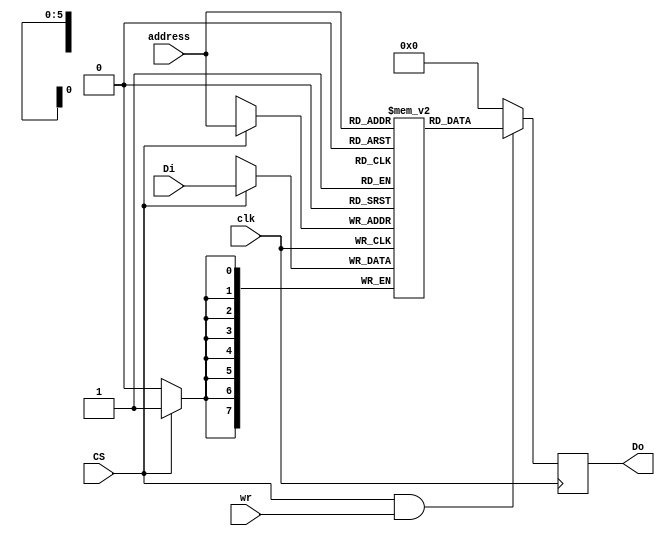
module smallRAM (wr, Di, CS, address, clk, Do);

    input CS, wr, clk;
    input [5:0] address; 
    input [7:0] Di;
    output reg[7:0] Do;


    reg [7:0] memArray [0:63];
    reg [7:0] memOut;
    
    
    always @(posedge clk) 
        begin
            if(CS)
            memArray[address] = Di;
        end
    
    always @(posedge clk)
        begin
            memOut = memArray[address];
            
            Do = (CS && wr) ? memOut:8'b0;
        end

endmodule

/*module smallRAM(wr, Di, CS, address, clk, Do);

    input CS, wr, clk;
    input [5:0] address; 
    input [7:0] Di;
    output reg[7:0] Do;


    reg [7:0] memArray [0:63];
    reg [7:0] memOut;
    
    
    always @(posedge clk) 
        begin
            if(CS && wr)
            memArray[address] = Di;
        end
    
    always @(posedge clk)
        begin
            memOut = memArray[address];
            
            Do = (CS && !wr) ? memOut:8'b0;
        end

endmodule*/


/*module smallRAM(rw, dataIn, CS, address, clk, dataOut);

	input rw;
	input [7:0] dataIn;
	input [5:0] address;
	input CS;
	input clk;

	parameter adr_width=6;
	
	parameter ram_depth= 1 << adr_width;

	reg[7:0]memOut;
	//reg[7:0]mem[0:ram_depth-1];
	reg [7:0]mem[63:0];
	
	output [7:0] dataOut;


	always@(rw) begin 
	if(CS && rw)  //Write
	mem[address] = dataIn;
	end


	always@(clk) begin 
	memOut = mem[address]; //Read
	end
	assign dataOut = CS?memOut:8'b0;
	//assign dataOut = CS?mem[address]:8'b0;


endmodule */